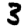
Digit: 3